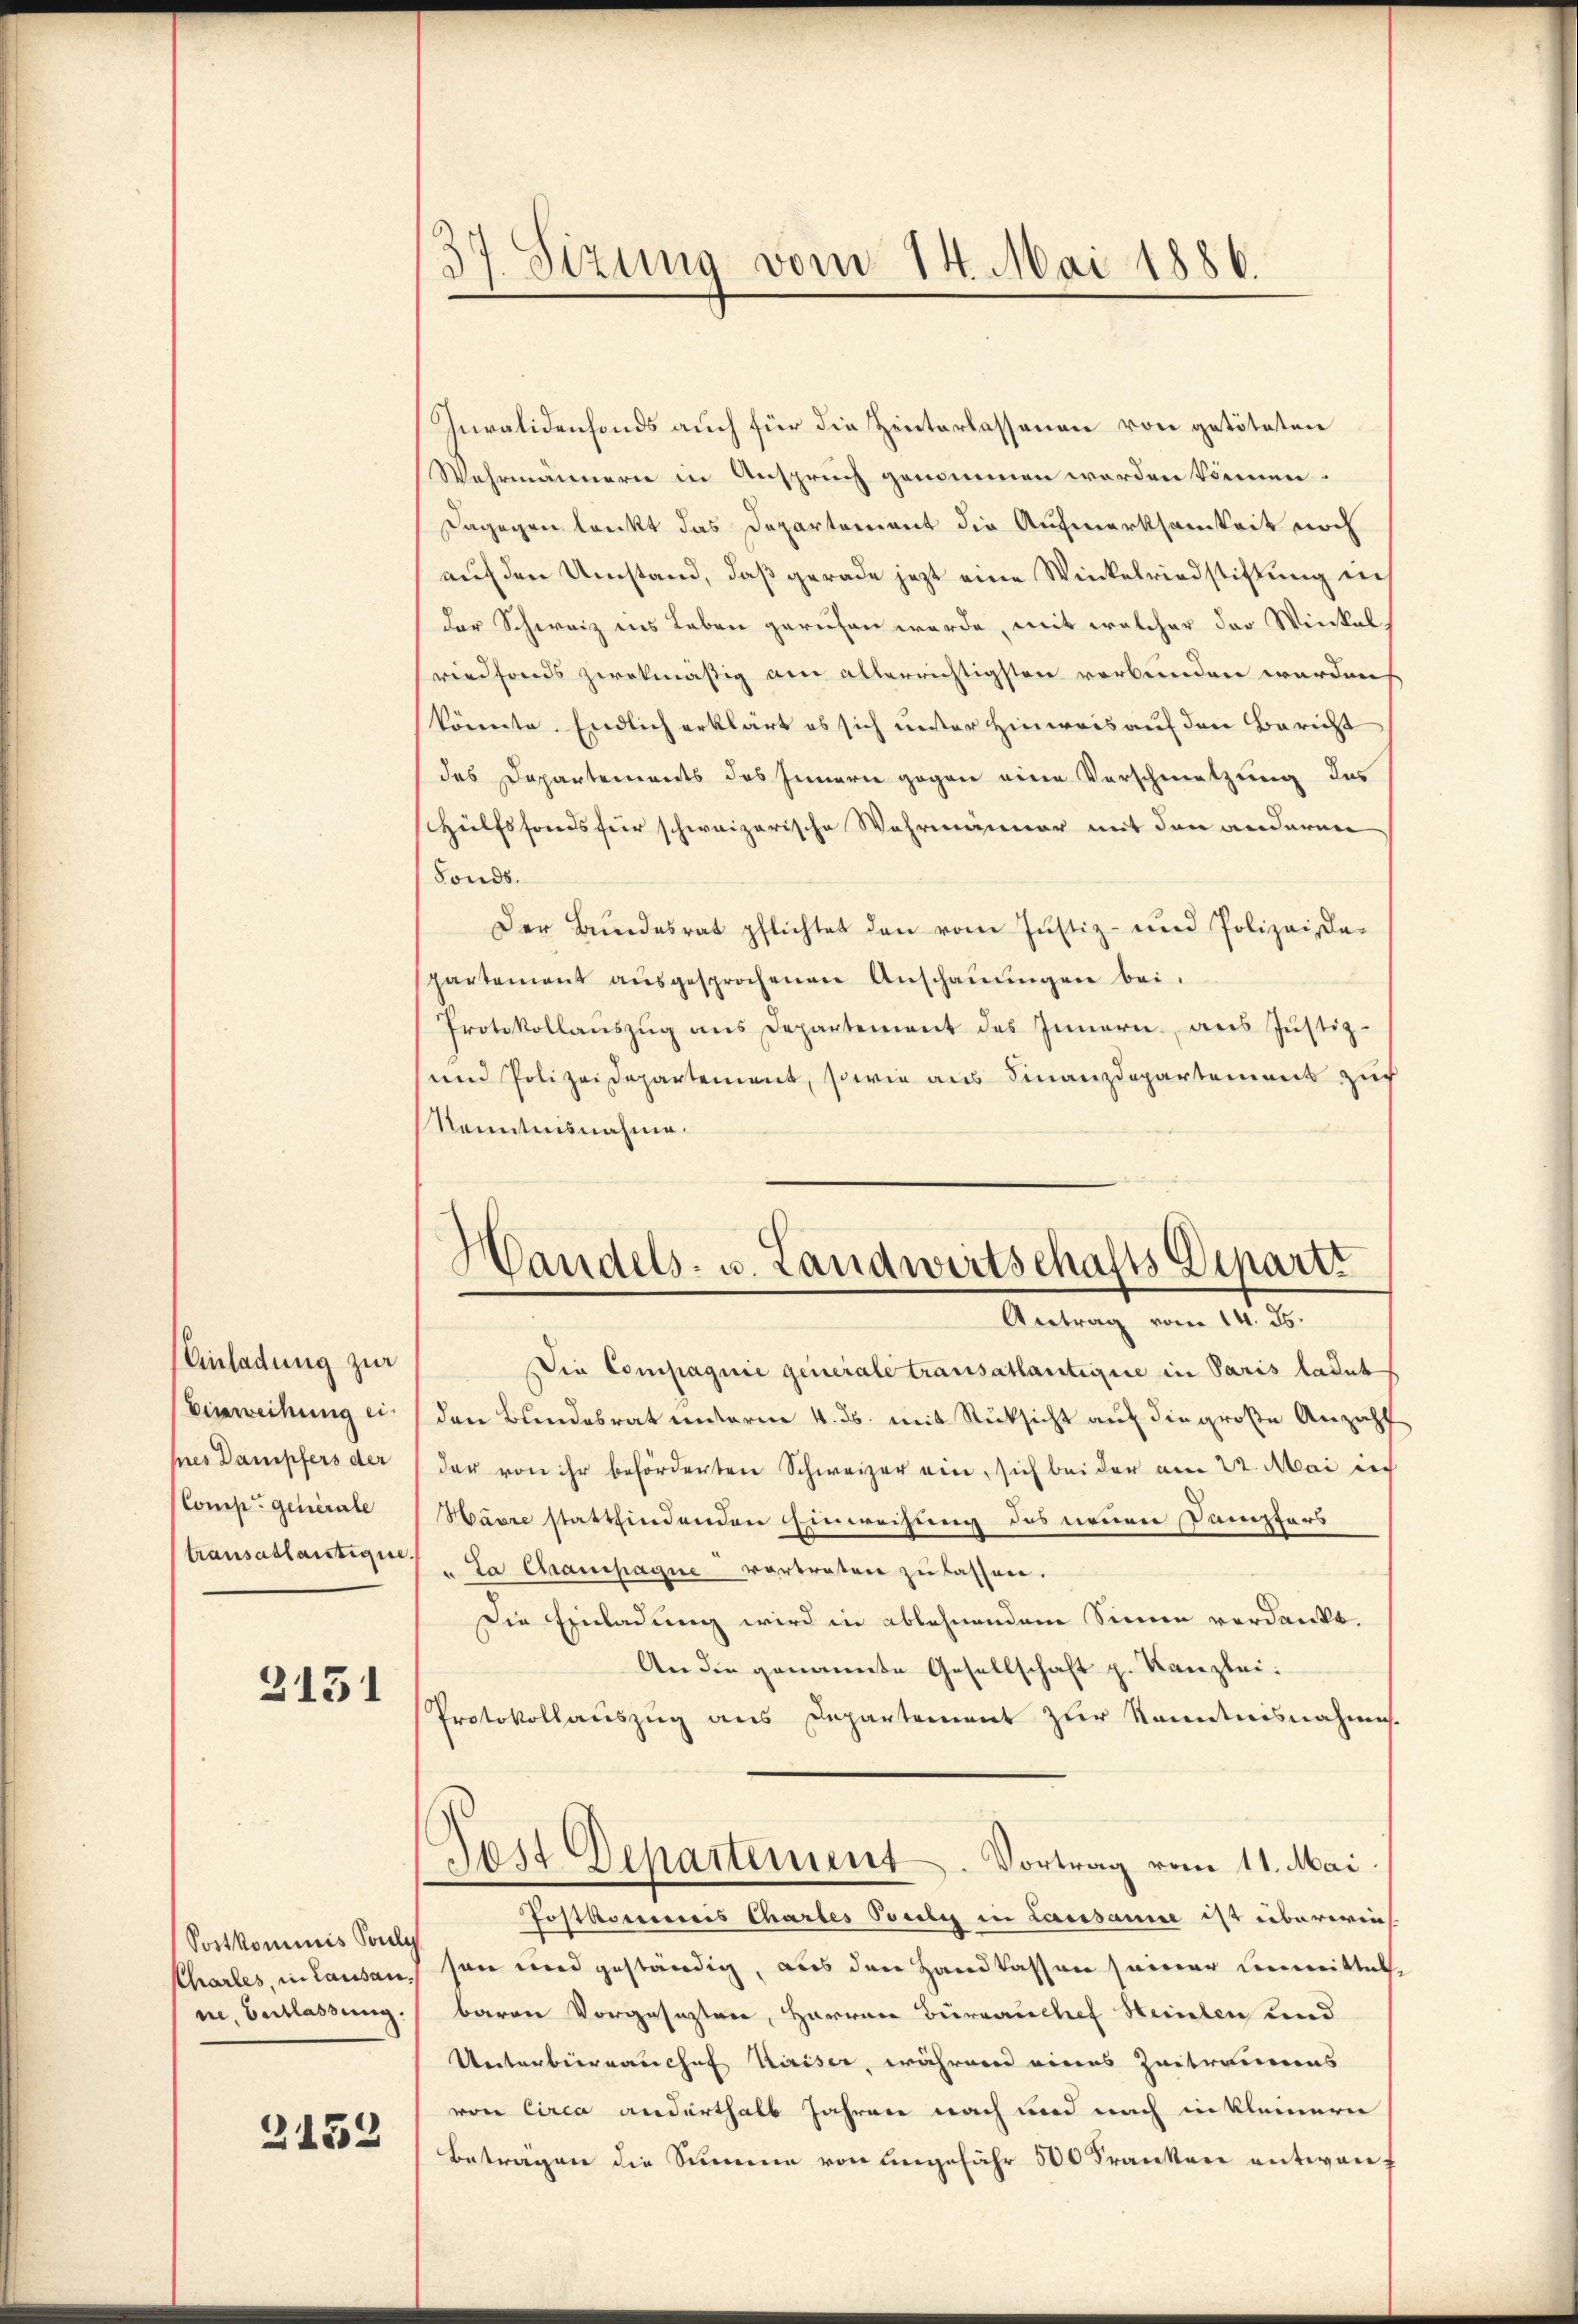
Einladung zur
Einweihung ei
hnes Dampfers der
Comp. generale
transallastique

3151

Invalidenfonds auch für die Zeiterlassenen von getöteten
Wahrmännern in Anspruch genommen werden können.
Dagegen lenkt das Departement die Aufmerksamkeit noch
auf den Umstand, daß gerade jezt eine Winkelriedstiftung ei
der Schweiz ins Leben gerufen werde, mit welcher der Winkel,
riedfonds zwekmäßig am alterrichtigsten verbunden werden
könnte. Endlich erklärt es sich unter Hinweis auf den Bericht
des Departements des Innern gegen eine Verschmetzung das
hülfsfonds für schweizerische Wahrmänner mit den anderen
Fonds.
Der Bŭndesrat pflichtet den vom Justiz- und Polizeide-
partement aŭsgesprochenen Anschaŭŭngen bei.
Protokollaŭszŭg ans Departement des Innern des Jŭstiz-
und Polizeidepartement, sowie aus Finanzdepartement zur
Kenntnisnahme.

Sostkommnis Soule
ne, Erblassung.

2152

37. Sizung vom 14. Mai 1886.

Handels- u. Landwirtschafts Departi
Antrag vom 14. ds.

Die Compagnie generale transatlantique in Paris ladet
den Bundesrat unterm 4. ds. mit Rücksicht auf die große Anzahl
der von ihr beförderten Schweizer ein, sich bei der am 22. Mai in
Havre stattfindenden Einweihung des neuen Dampfers
. La Champagne vortreten zu lassen.
Die Einladung wird in ablehnendem Sinnen verdankt.
An die genannte Gesellschaft p. Kanzlei.
Protokollauszug aus Departement zur Kenntnisnahmes
Last Departement. Vortrag vom 11. Mai.
Postkorreis Chartes Ponti in Lausanne ist übererin
Charles, in Lausan, son und geständig, aus den Handkassen seiner unmittel,
baren Vorgesezten, Herren Büreauchef Heinten und
Unterbierrauchef Kaiser, während eines Zeitraumes
von Circa anderthalb Jahren nach und nach in kleinern
Betragen die Summe von angefähr 500 Franken entwen¬